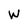
Character: W